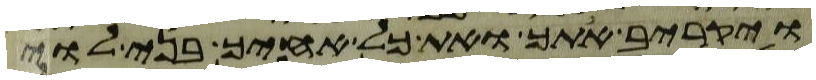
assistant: ויקריב אתך ואת כל אחיך בני לוי